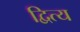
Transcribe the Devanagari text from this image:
द्वित्य